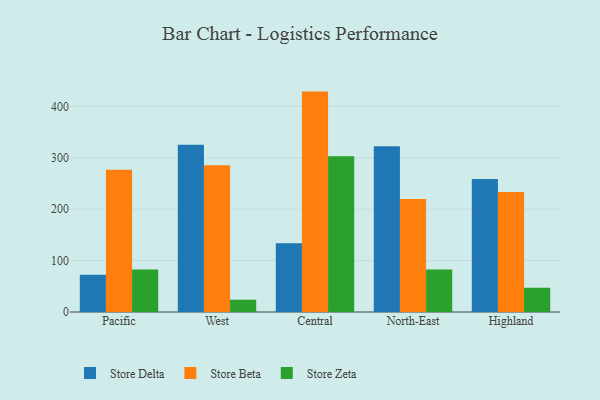
{"axis": {"x": "Region", "y": "Page Views"}, "legend": ["Store Beta", "Store Delta", "Store Zeta"], "data": [{"x": "Pacific", "y": 72.5, "type": "Store Delta"}, {"x": "Pacific", "y": 276.6, "type": "Store Beta"}, {"x": "Pacific", "y": 82.5, "type": "Store Zeta"}, {"x": "West", "y": 325.5, "type": "Store Delta"}, {"x": "West", "y": 285.4, "type": "Store Beta"}, {"x": "West", "y": 23.9, "type": "Store Zeta"}, {"x": "Central", "y": 134.0, "type": "Store Delta"}, {"x": "Central", "y": 428.8, "type": "Store Beta"}, {"x": "Central", "y": 303.2, "type": "Store Zeta"}, {"x": "North-East", "y": 322.6, "type": "Store Delta"}, {"x": "North-East", "y": 219.7, "type": "Store Beta"}, {"x": "North-East", "y": 82.9, "type": "Store Zeta"}, {"x": "Highland", "y": 258.9, "type": "Store Delta"}, {"x": "Highland", "y": 233.4, "type": "Store Beta"}, {"x": "Highland", "y": 47.2, "type": "Store Zeta"}]}